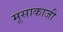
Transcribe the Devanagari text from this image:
मूसाकाजी